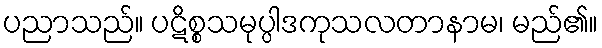
ပညာသည်။ ပဋိစ္စသမုပ္ပါဒကုသလတာနာမ၊ မည်၏။